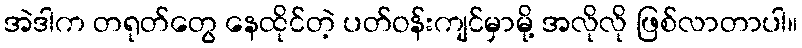
အဲဒါက တရုတ်တွေ နေထိုင်တဲ့ ပတ်ဝန်းကျင်မှာမို့ အလိုလို ဖြစ်လာတာပါ။